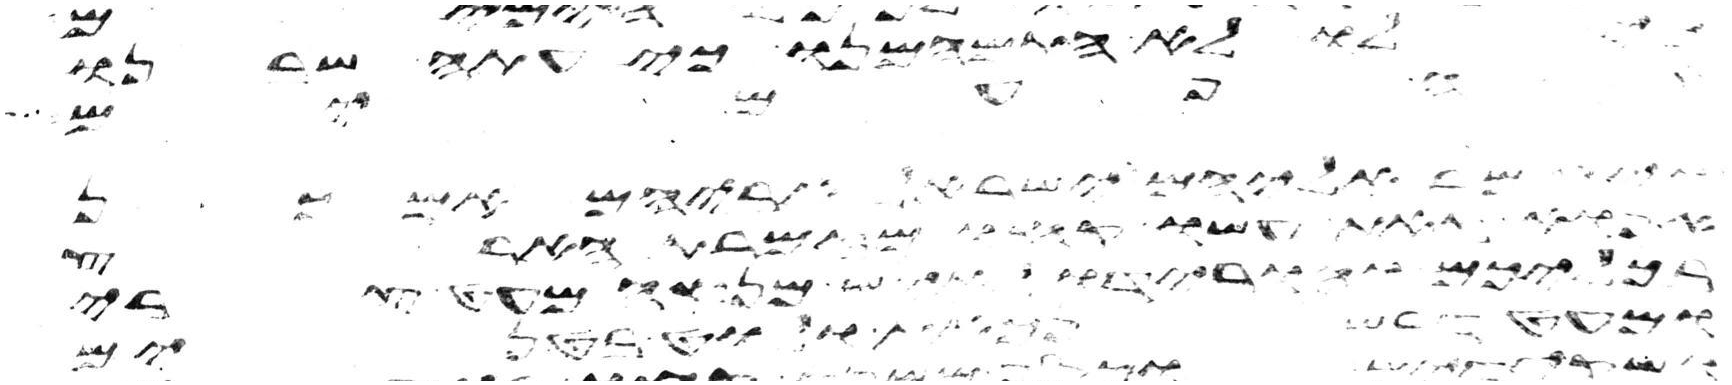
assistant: לו לא התמהמנו כי עתה שבנו
אם יש
אליהם ישראל אביהם אם כן
אפוא זאת עשו קחו מזמרת הארץ
ממך מאד אשר לא מערי
ומעט דבש נכאת ולוט בטנים